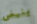
ينهض